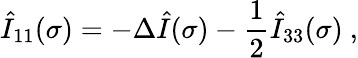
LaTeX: \hat{I}_{11}(\sigma)=-\Delta\hat{I}(\sigma)-\frac 12\hat{I}_{33}(\sigma)\ ,